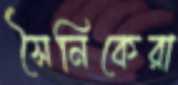
সৈনিকেরা